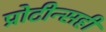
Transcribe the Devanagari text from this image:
प्रोटीन्सही